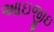
આઇજીઇ